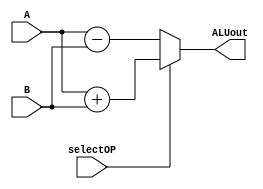
module addSub(A, B, selectOP, ALUout);
	input wire [8:0]A, B;  
	input wire selectOP;
	
	output wire [8:0]ALUout;
	
	parameter ADD = 1'b1,
			  SUB = 1'b0;
	
	assign ALUout = (selectOP == ADD)? A + B: A - B;

endmodule